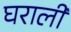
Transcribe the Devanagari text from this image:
घराली